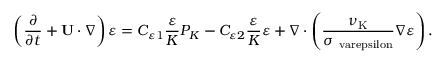
\left( { \frac { \partial } { \partial t } + { \bf { U } } \cdot \nabla } \right) \varepsilon = C _ { \varepsilon 1 } \frac { \varepsilon } { K } P _ { K } - C _ { \varepsilon 2 } \frac { \varepsilon } { K } \varepsilon + \nabla \cdot \left( { \frac { \nu _ { \mathrm { { K } } } } { \sigma _ { \mathrm { { \ v a r e p s i l o n } } } } \nabla \varepsilon } \right) .